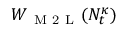
W _ { \mathrm { ~ M ~ 2 ~ L ~ } } ( N _ { t } ^ { \kappa } )